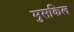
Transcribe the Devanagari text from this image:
मुसकिल